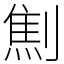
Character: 劁